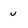
Character: u